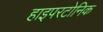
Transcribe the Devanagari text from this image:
हाइपरटोनिक